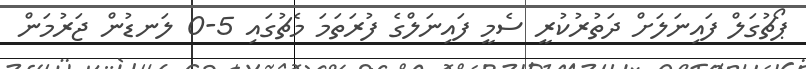
ޕޯޗުގަލް ފައިނަލަށް ދަތުރުކުރީ ސެމީ ފައިނަލްގެ ފުރަތަމަ މެޗުގައި 5-0 ލަނޑުން ޖަރުމަން